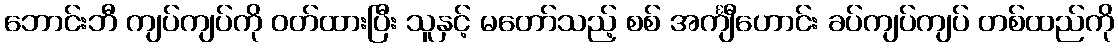
ဘောင်းဘီ ကျပ်ကျပ်ကို ဝတ်ထားပြီး သူနှင့် မတော်သည့် စစ် အင်္ကျီဟောင်း ခပ်ကျပ်ကျပ် တစ်ထည်ကို